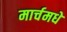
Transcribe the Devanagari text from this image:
मार्चमधे